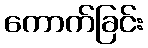
ကောက်ခြင်း